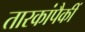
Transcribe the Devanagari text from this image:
तारकांपैकीं